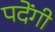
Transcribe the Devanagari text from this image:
पदेंगी